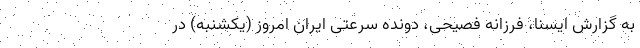
به گزارش ایسنا، فرزانه فصیحی، دونده سرعتی ایران امروز (یکشنبه) در